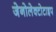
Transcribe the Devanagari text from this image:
जेनोलेक्टोटाइप